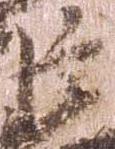
臣